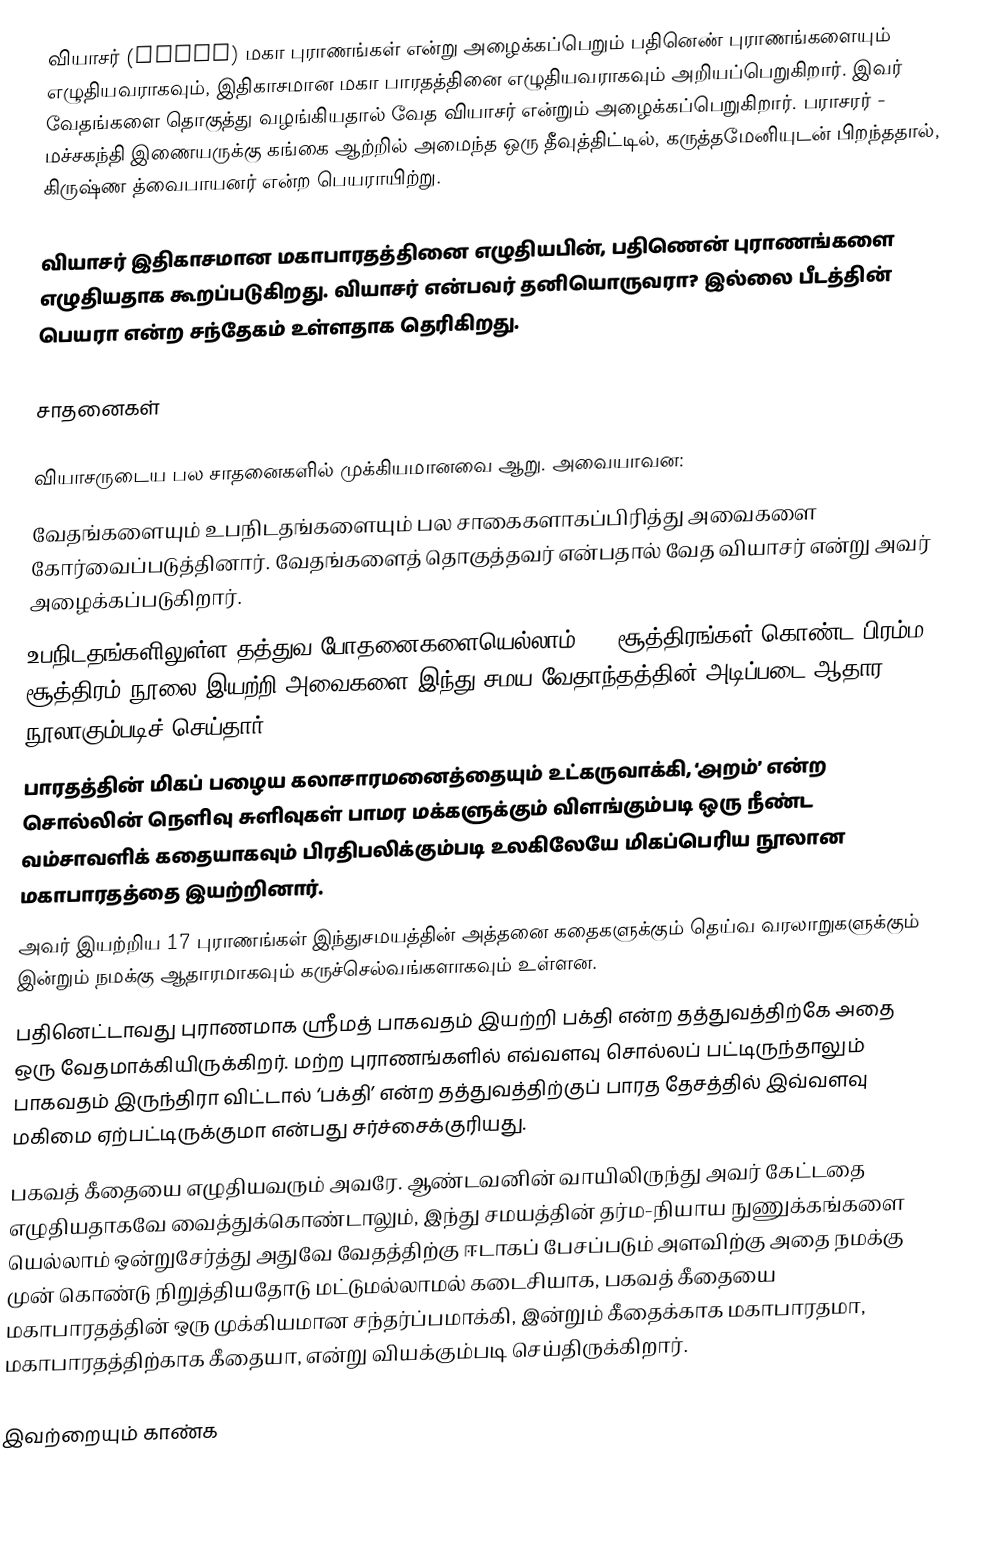
வியாசர் (Vyasa) மகா புராணங்கள் என்று அழைக்கப்பெறும் பதினெண் புராணங்களையும் எழுதியவராகவும், இதிகாசமான மகா பாரதத்தினை எழுதியவராகவும் அறியப்பெறுகிறார். இவர்  வேதங்களை தொகுத்து வழங்கியதால் வேத வியாசர் என்றும் அழைக்கப்பெறுகிறார். பராசரர் - மச்சகந்தி இணையருக்கு கங்கை ஆற்றில்  அமைந்த ஒரு தீவுத்திட்டில், கருத்தமேனியுடன் பிறந்ததால், கிருஷ்ண த்வைபாயனர் என்ற பெயராயிற்று.

வியாசர் இதிகாசமான மகாபாரதத்தினை எழுதியபின், பதிணென் புராணங்களை எழுதியதாக கூறப்படுகிறது. வியாசர் என்பவர் தனியொருவரா? இல்லை பீடத்தின் பெயரா என்ற சந்தேகம் உள்ளதாக தெரிகிறது.

சாதனைகள்

வியாசருடைய பல சாதனைகளில் முக்கியமானவை ஆறு. அவையாவன:
 வேதங்களையும் உபநிடதங்களையும் பல சாகைகளாகப்பிரித்து அவைகளை கோர்வைப்படுத்தினார். வேதங்களைத் தொகுத்தவர் என்பதால் வேத வியாசர் என்று அவர் அழைக்கப்படுகிறார்.
 உபநிடதங்களிலுள்ள  தத்துவ போதனைகளையெல்லாம் 555 சூத்திரங்கள் கொண்ட பிரம்ம சூத்திரம் நூலை இயற்றி அவைகளை இந்து சமய வேதாந்தத்தின் அடிப்படை ஆதார நூலாகும்படிச் செய்தார்.
 பாரதத்தின் மிகப் பழைய கலாசாரமனைத்தையும் உட்கருவாக்கி, ‘அறம்’ என்ற சொல்லின் நெளிவு சுளிவுகள் பாமர மக்களுக்கும் விளங்கும்படி ஒரு நீண்ட வம்சாவளிக் கதையாகவும் பிரதிபலிக்கும்படி உலகிலேயே மிகப்பெரிய நூலான மகாபாரதத்தை இயற்றினார்.
 அவர் இயற்றிய 17 புராணங்கள் இந்துசமயத்தின் அத்தனை கதைகளுக்கும் தெய்வ வரலாறுகளுக்கும்  இன்றும் நமக்கு ஆதாரமாகவும் கருச்செல்வங்களாகவும் உள்ளன.
 பதினெட்டாவது புராணமாக ஸ்ரீமத் பாகவதம்  இயற்றி  பக்தி என்ற தத்துவத்திற்கே அதை ஒரு வேதமாக்கியிருக்கிறர். மற்ற புராணங்களில் எவ்வளவு சொல்லப் பட்டிருந்தாலும் பாகவதம் இருந்திரா விட்டால் ‘பக்தி’ என்ற தத்துவத்திற்குப் பாரத தேசத்தில் இவ்வளவு மகிமை ஏற்பட்டிருக்குமா என்பது சர்ச்சைக்குரியது.
 பகவத் கீதையை எழுதியவரும் அவரே. ஆண்டவனின் வாயிலிருந்து அவர் கேட்டதை எழுதியதாகவே வைத்துக்கொண்டாலும், இந்து சமயத்தின் தர்ம-நியாய நுணுக்கங்களை யெல்லாம் ஒன்றுசேர்த்து அதுவே வேதத்திற்கு ஈடாகப் பேசப்படும் அளவிற்கு அதை நமக்கு முன் கொண்டு நிறுத்தியதோடு மட்டுமல்லாமல் கடைசியாக, பகவத் கீதையை மகாபாரதத்தின் ஒரு முக்கியமான சந்தர்ப்பமாக்கி, இன்றும் கீதைக்காக மகாபாரதமா, மகாபாரதத்திற்காக கீதையா, என்று  வியக்கும்படி செய்திருக்கிறார்.

இவற்றையும் காண்க